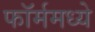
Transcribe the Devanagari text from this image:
फॉर्ममध्‍ये